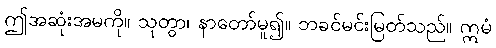
ဤအဆုံးအမကို။ သုတွာ၊ နာတော်မူ၍။ ဘခင်မင်းမြတ်သည်။ ဣမံ